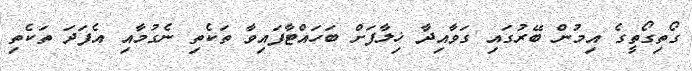
ގޯތިގޯތީގެ އިމުން ބޭރުގައި ގަވާއިދާ ޚިލާފަށް ބަހައްޓާފައިވާ ތަކެތި ނެގުމާއި އެފަދަ ތަކެތި